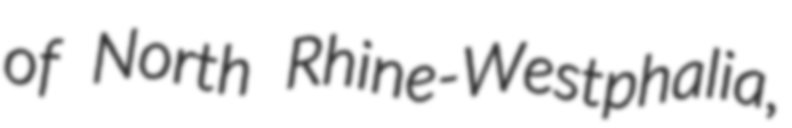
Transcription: of North Rhine-Westphalia,